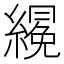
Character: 𱺂